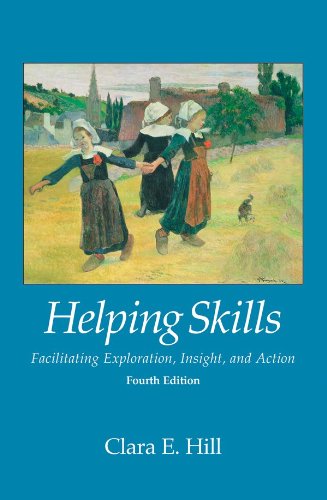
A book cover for Helping Skills: Facilitating Exploration, Insight, and Action; Clara E. Hill; Medical Books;